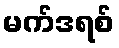
မက်ဒရစ်